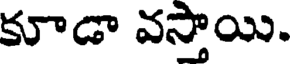
కూడా వస్తాయి.